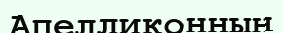
Апелликонның